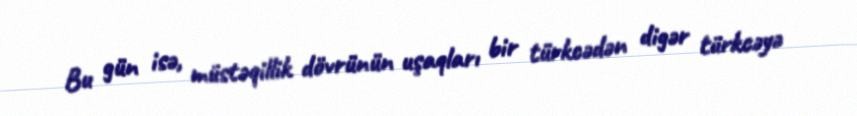
Bu gün isə, müstəqillik dövrünün uşaqları bir türkcədən digər türkcəyə